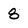
Character: 8